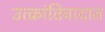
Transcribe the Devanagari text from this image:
उत्क्रांतिवादात